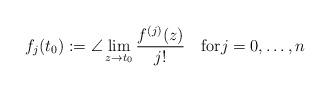
LaTeX: \begin{align*} f_j(t_0):=\angle\lim_{z\to t_0}\frac{f^{(j)}(z)}{j!} \quad\mbox{for}j=0,\ldots,n \end{align*}